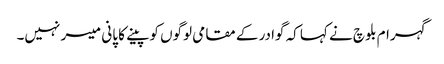
گہرام بلوچ نے کہا کہ گوادر کے مقامی لوگوں کو پینے کا پانی میسر نہیں۔